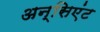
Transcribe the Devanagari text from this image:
अन्सिएंट